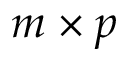
m \times p